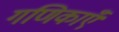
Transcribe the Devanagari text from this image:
गणिकाएँ